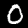
Digit: 0